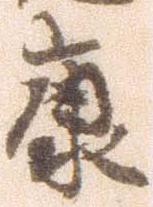
康